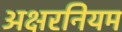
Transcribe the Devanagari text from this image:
अक्षरनियम